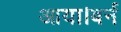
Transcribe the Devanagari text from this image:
आया।बर्न